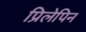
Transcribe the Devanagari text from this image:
प्रिलेपिन